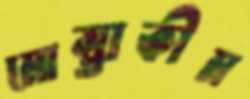
মোস্তাকীম